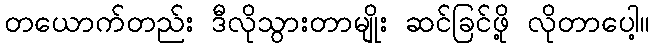
တယောက်တည်း ဒီလိုသွားတာမျိုး ဆင်ခြင်ဖို့ လိုတာပေါ့။